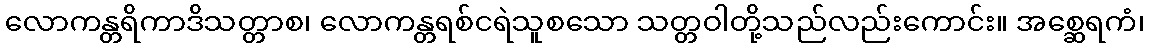
လောကန္တရိကာဒိသတ္တာစ၊ လောကန္တရစ်ငရဲသူစသော သတ္တဝါတို့သည်လည်းကောင်း။ အစ္ဆေရကံ၊